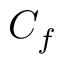
C _ { f }